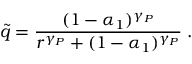
\tilde { q } = \frac { ( 1 - \alpha _ { 1 } ) ^ { \gamma _ { P } } } { r ^ { \gamma _ { P } } + ( 1 - \alpha _ { 1 } ) ^ { \gamma _ { P } } } \; .